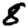
Digit: 8